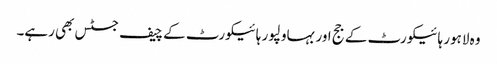
وہ لاہور ہائیکورٹ کے جج اور بہاولپور ہائیکورٹ کے چیف جسٹس بھی رہے۔